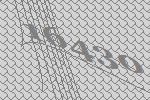
16430